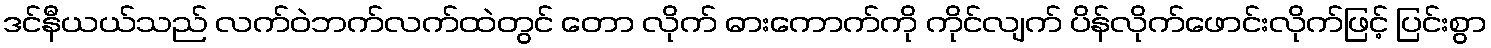
ဒင်နီယယ်သည် လက်ဝဲဘက်လက်ထဲတွင် တော လိုက် ဓားကောက်ကို ကိုင်လျက် ပိန်လိုက်ဖောင်းလိုက်ဖြင့် ပြင်းစွာ